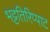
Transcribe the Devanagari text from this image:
भट्टतिरिप्पाट